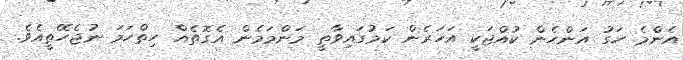
އެންމެ ހަގު އަންހެން ކުއްޖަކީ އަހަރެން ކަމުގައިވާތީ މަންމަމެން އެގޮތެއް ހިތްހަމަ ނުޖެހޭތީއެވެ.